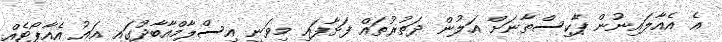
އެ އެއާލައިނުން ޕާކިސްތާނަށް އަލުން ދަތުރުތައް ފަށާފައި މިވަނީ އިސްލާމްއާބާދުގައި އައު އެއާޕޯޓެއް